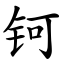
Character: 钶